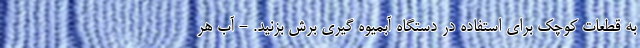
به قطعات کوچک برای استفاده در دستگاه آبمیوه گیری برش بزنید. - آب هر